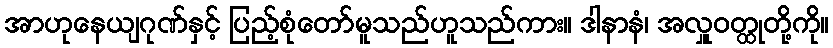
အာဟုနေယျဂုဏ်နှင့် ပြည့်စုံတော်မူသည်ဟူသည်ကား။ ဒါနာနံ၊ အလှူဝတ္ထုတို့ကို။